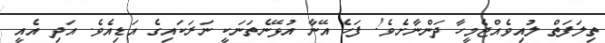
ތިލަފަތް ލުއިވެއްޖެމީހާ ދަންނާށެވެ! ފަހެ އޭނާ އުޅޭނެތަނަކީ ނަރަކައިގެ އަޑިއެވެ. އަދި އެއީ